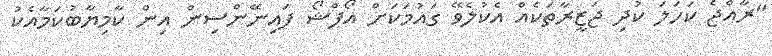
"ރާއްޖެ ކަހަލަ ކުދި ޖަޒީރާތަކެއް އެކުލެވޭ ގައުމަކަށް އޯފްޝޯ ފައިނޭންސިން އިން ކާމިޔާބުކަމާއެކު